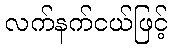
လက်နက်ငယ်ဖြင့်